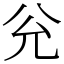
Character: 兊